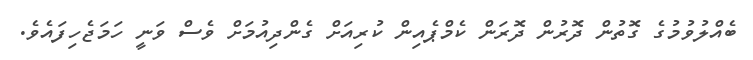
ބެއްލުވުމުގެ ގޮތުން ދޮރުން ދޮރަން ކެމްޕެއިން ކުރިއަށް ގެންދިއުމަށް ވެސް ވަނީ ހަމަޖެހިފައެވެ.